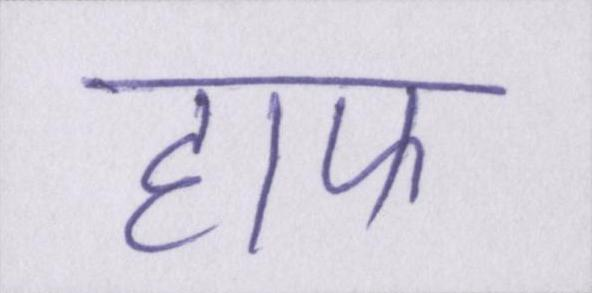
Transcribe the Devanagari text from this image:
हाफ